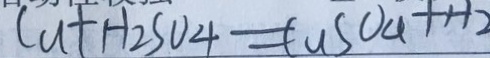
C u + H _ { 2 } S O _ { 4 } = C u S O _ { 4 } + H _ { 2 }